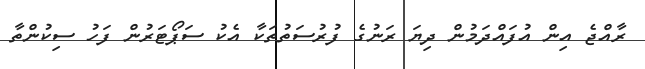
ރާއްޖެ އިން އުފައްދަމުން ދިޔަ ރަނުގެ ފުރުސަތުތަކާ އެކު ސަޕޯޓަރުން ފަހު ސިކުންތާ